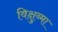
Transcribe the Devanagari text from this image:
विक्षुब्मा